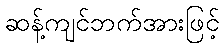
ဆန့်ကျင်ဘက်အားဖြင့်